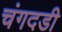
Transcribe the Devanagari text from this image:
चंगदडी